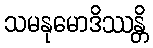
သမနုမောဒိဿန္တိ